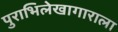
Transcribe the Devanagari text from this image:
पुराभिलेखागाराला